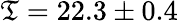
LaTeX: \mathfrak{T}=22.3\pm0.4